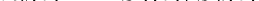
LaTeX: \smash{\widetilde{\lambda}_{2}(t)=-S_{2}^{\prime}(t)/S_{2}(t)}